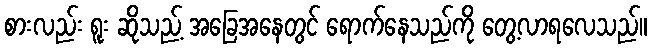
စားလည်း ရူး ဆိုသည့် အခြေအနေတွင် ရောက်နေသည်ကို တွေ့လာရလေသည်။